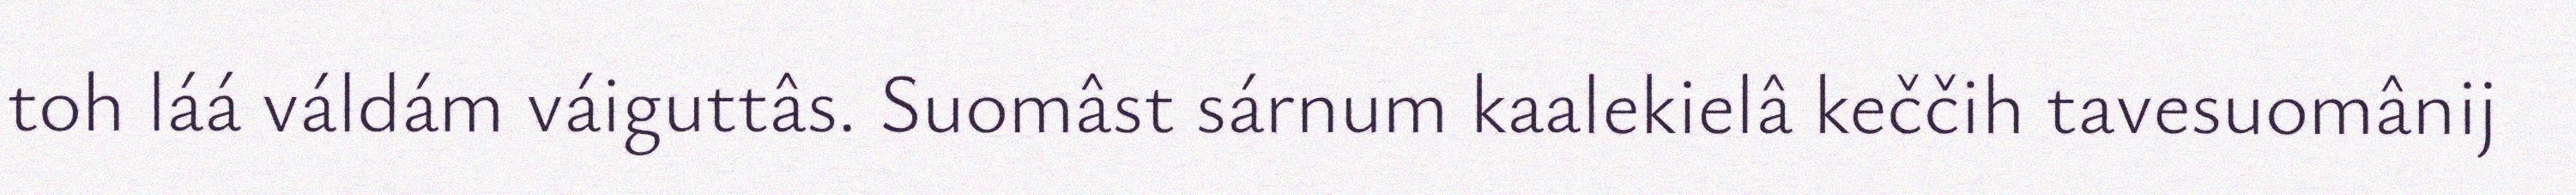
toh láá váldám váiguttâs. Suomâst sárnum kaalekielâ keččih tavesuomânij